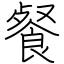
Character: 餐